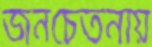
জনচেতনায়